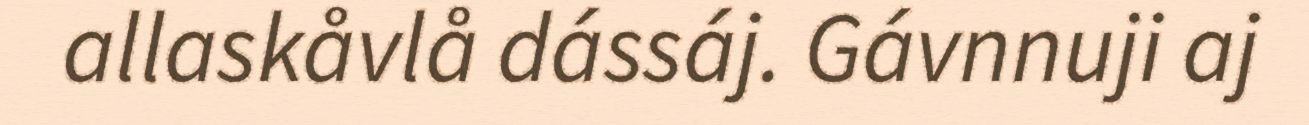
allaskåvlå dássáj. Gávnnuji aj